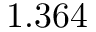
1 . 3 6 4